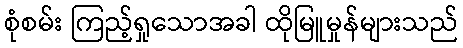
စုံစမ်း ကြည့်ရှုသောအခါ ထိုမြူမှုန်များသည်